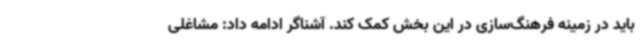
باید در زمینه فرهنگ‌سازی در این بخش کمک کند. آشناگر ادامه داد: مشاغلی